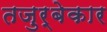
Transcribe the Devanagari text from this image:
तजुर्बेकार